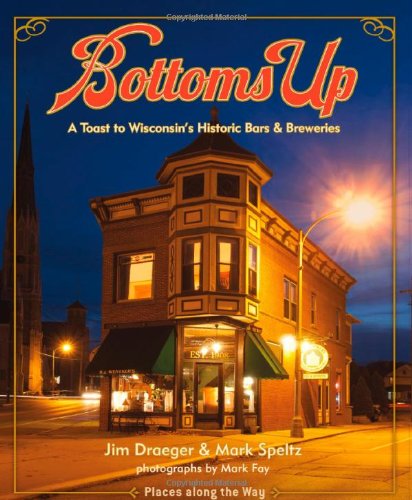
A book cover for Bottoms Up: A Toast to Wisconsin's Historic Bars and Breweries (Places Along the Way); Jim Draeger; Arts & Photography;